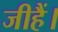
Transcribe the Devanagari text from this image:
जीहैं।